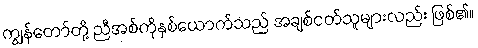
ကျွန်တော်တို့ ညီအစ်ကိုနှစ်ယောက်သည် အချစ်ငတ်သူများလည်း ဖြစ်၏။